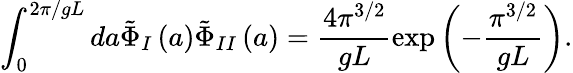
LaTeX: \int_{0}^{2\pi/gL}da\tilde{\Phi}_{I}\left(a\right)\tilde{\Phi}_{II}\left(a\right)=\frac{4\pi^{3/2}}{gL}\exp\left(-\frac{\pi^{3/2}}{gL}\right).